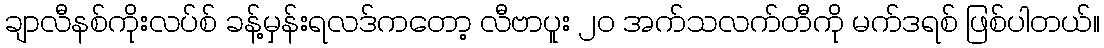
ချာလီနစ်ကိုးလပ်စ် ခန့်မှန်းရလဒ်ကတော့ လီဗာပူး ၂၀ အက်သလက်တီကို မက်ဒရစ် ဖြစ်ပါတယ်။